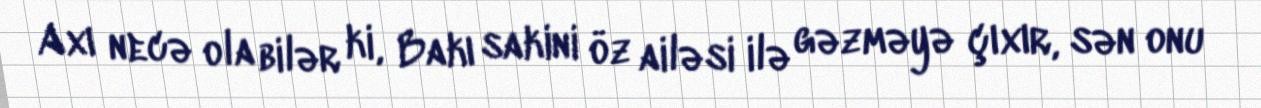
Axı necə ola bilər ki, Bakı sakini öz ailəsi ilə gəzməyə çıxır, sən onu